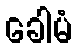
ခေါမံ